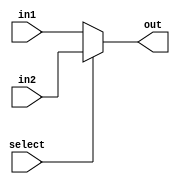
module mux2 // 2 inputs of adjustable width, 1 address pin
#(parameter width = 32)
(
	output [width-1:0] out, // Output
	input [width-1:0] in1, // Inputs, with arbitrary depth
	input [width-1:0] in2,
	input select // Address
);

	assign out = (select ? in2 : in1);

endmodule


module mux3 // 3 inputs of adjustable width, 2 address pins
#(parameter width = 32)
(
	output [width-1:0] out, // Output
	input [width-1:0] in1, // Inputs, with arbitrary depth
	input [width-1:0] in2,
	input [width-1:0] in3,
	input [1:0] select // Address
);

	assign out = (select[1] ? in3 : (select[0] ? in2 : in1));

endmodule

module mux4 // 3 inputs of adjustable width, 2 address pins
#(parameter width = 32)
(
	output [width-1:0] out, // Output
	input [width-1:0] in1, // Inputs, with arbitrary depth
	input [width-1:0] in2,
	input [width-1:0] in3,
	input [width-1:0] in4,
	input [1:0] select // Address
);

	assign out = (select[1] ? (select[0] ? in4 : in3) : (select[0] ? in2 : in1));

endmodule